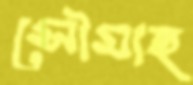
সৌমাহ